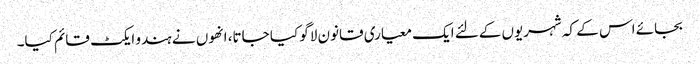
بجائے اس کے کہ شہریوں کےلئے ایک معیاری قانون لاگو کیا جاتا، انھوں نے ہندو ایکٹ قائم کیا۔